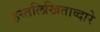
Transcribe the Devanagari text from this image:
हस्तलिखिताव्दारे